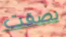
بصقت